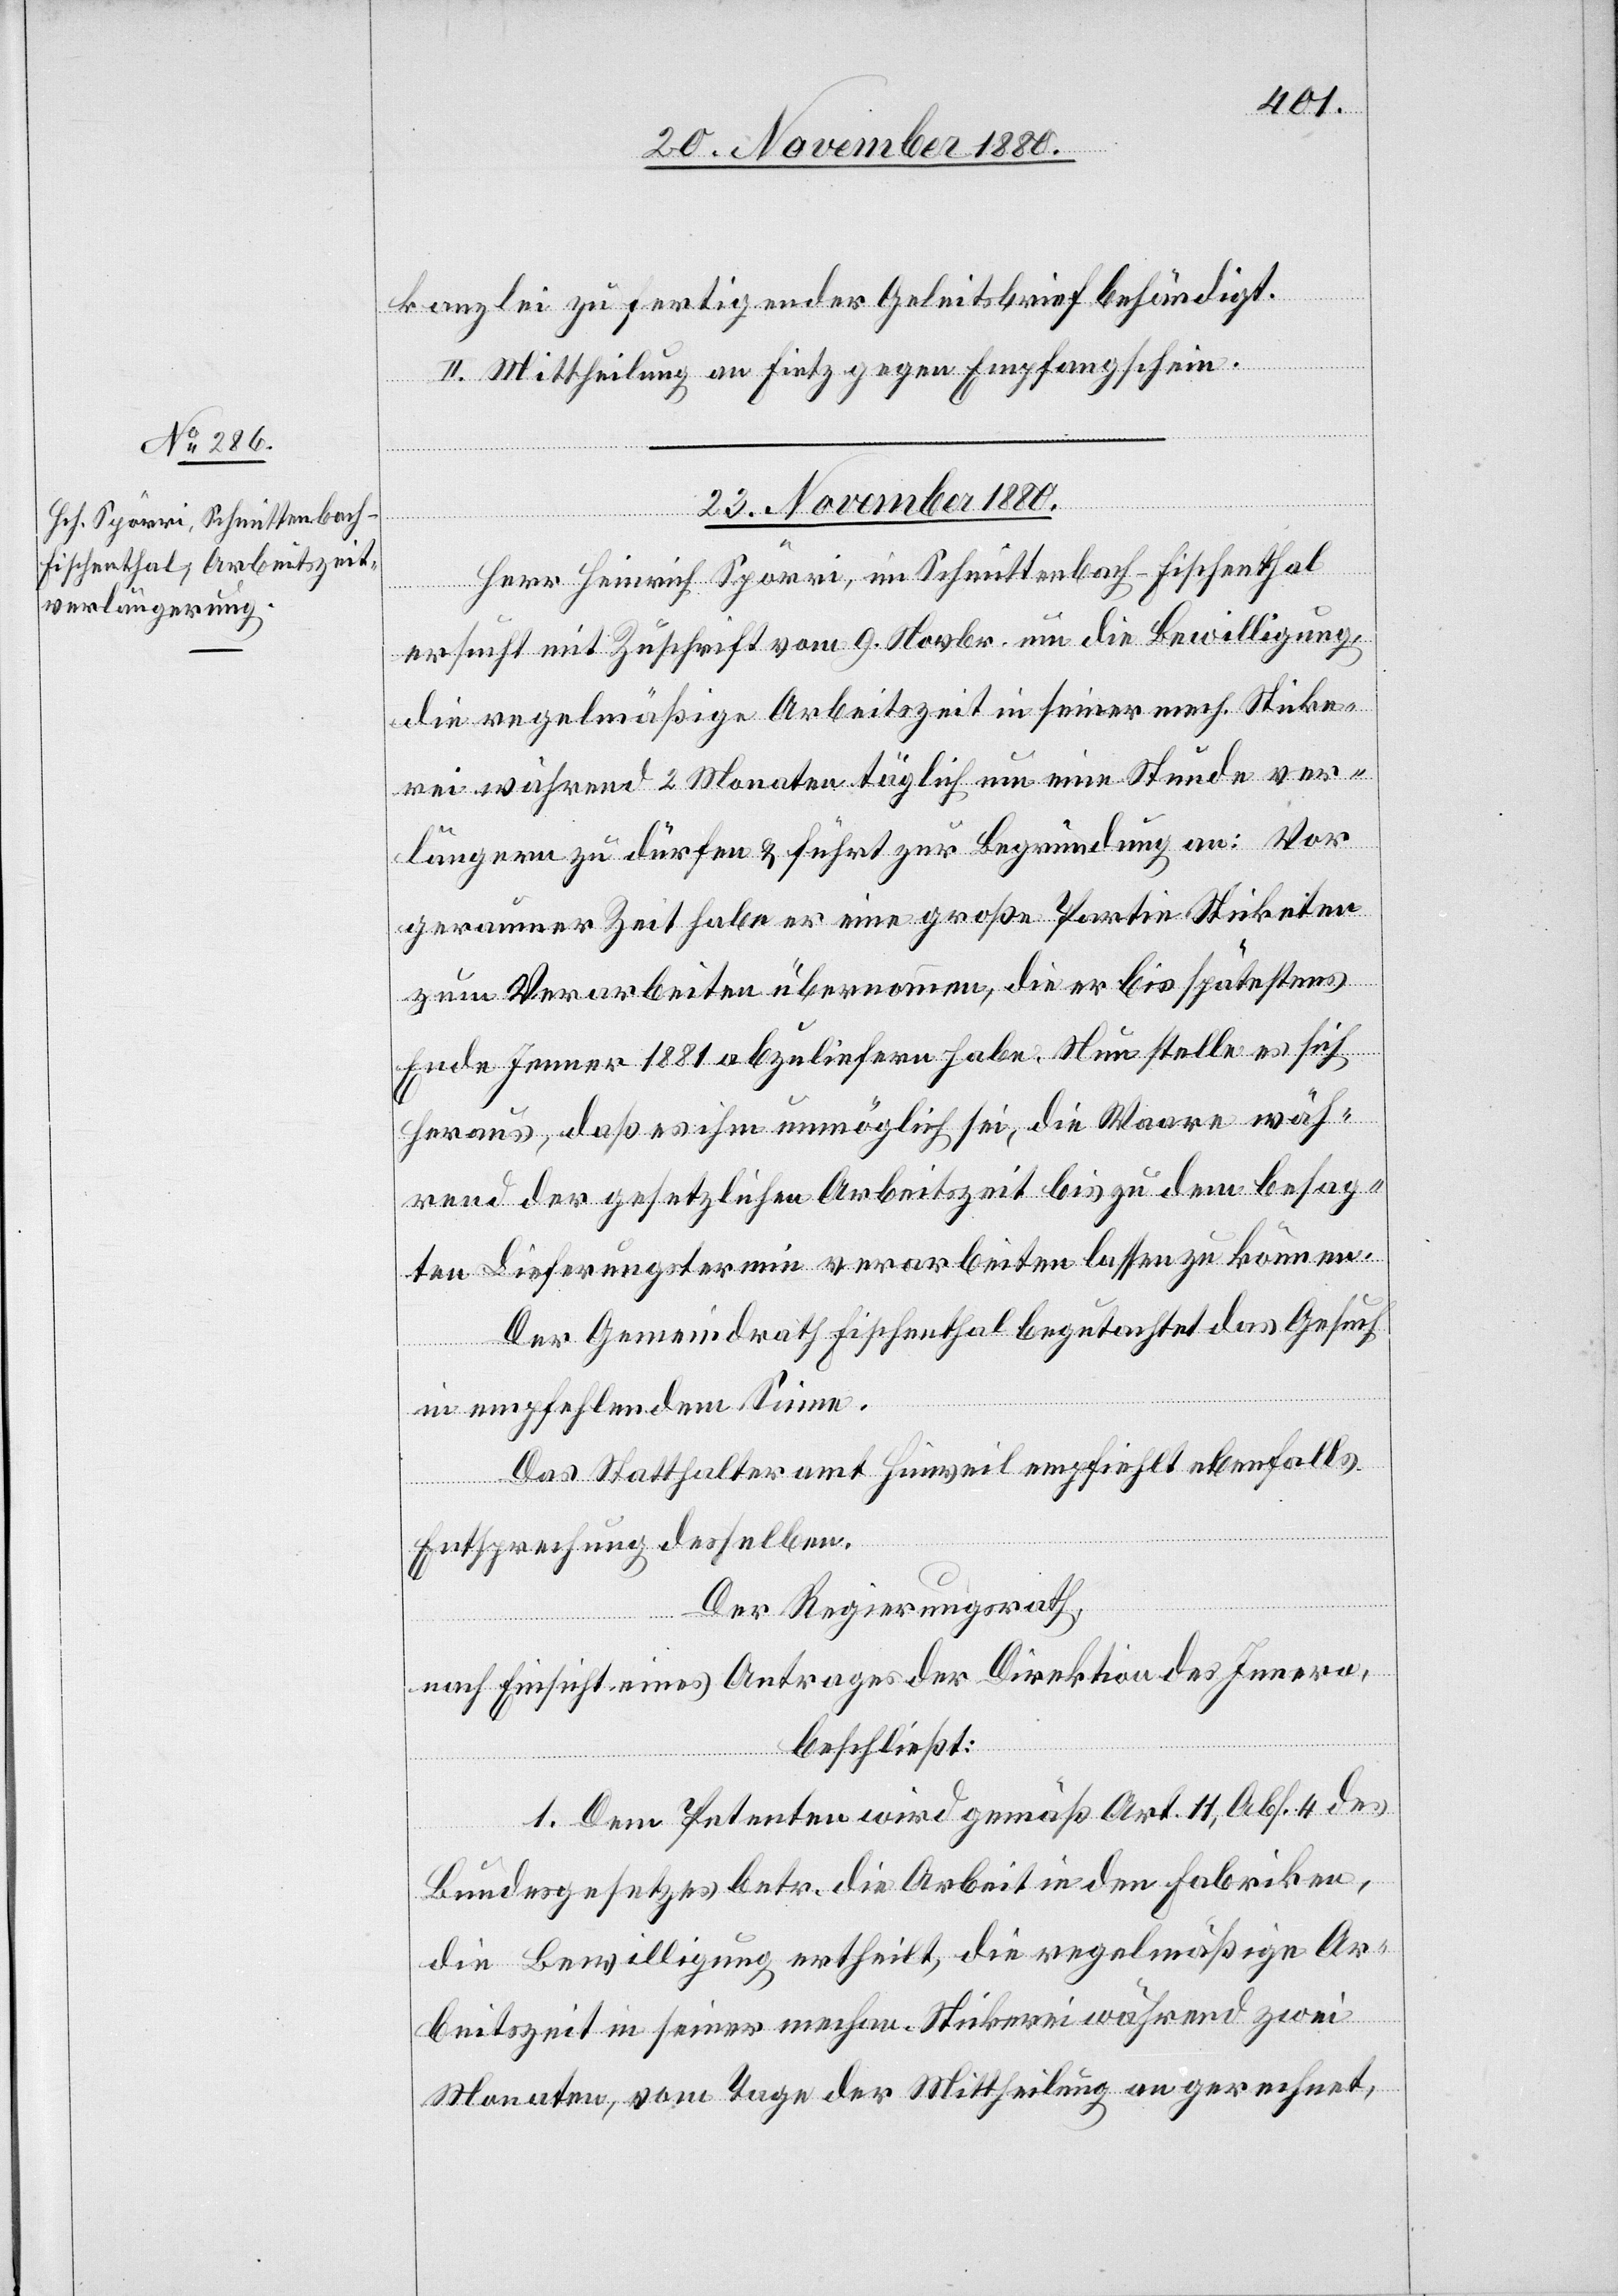
kanzlei zufertigender Geleitsbrief behändigt.
II. Mittheilung an Fietz gegen Empfangschein.
23. November 1880.
Herr Heinrich Spörri, im Schnittenbach - Fischenthal
ersucht mit Zuschrift vom 9. Novbr. um die Bewilligung
die regelmäßige Arbeitszeit in seiner mech. Sticke¬
rei während 2 Monaten täglich um eine Stunde ver¬
längern zu dürfen & führt zur Begründung an: Vor
geraumer Zeit habe er eine große Partie Sticketen
zum Verarbeiten übernommen, die er bis spätestens
Ende Jenner 1881 abzuliefern habe. Nun stelle es sich
heraus, daß es ihm unmöglich sei, die Waare wäh¬
rend der gesetzlichen Arbeitszeit bis zu dem besag¬
ten Lieferungstermin verarbeiten lassen zu können.
Der Gemeindrath Fischenthal begutachtet das Gesuch
in entsprechendem Sinne.
Das Statthalteramt Hinweil empfiehlt ebenfalls
Entsprechung desselben.
Der Regierungsrath,
nach Einsicht eines Antrages der Direktion des Innern,
beschließt:
1. Dem Petenten wird gemäß Art. 11, Abs. 4 des
Bundesgesetzes betr. die Arbeit in den Fabriken,
die Bewilligung ertheilt, die regelmäßige Ar¬
beitszeit in seiner mechan. Stickerei während zwei
Monaten, vom Tage der Mittheilung an gerechnet,